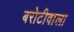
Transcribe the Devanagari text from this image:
बरोटीवाला